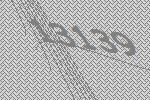
13139